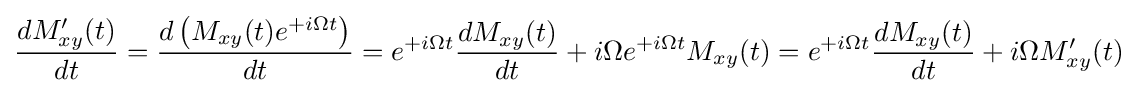
{\frac {dM_{xy}'(t)}{dt}}={\frac {d\left(M_{xy}(t)e^{+i\Omega t}\right)}{dt}}=e^{+i\Omega t}{\frac {dM_{xy}(t)}{dt}}+i\Omega e^{+i\Omega t}M_{xy}(t)=e^{+i\Omega t}{\frac {dM_{xy}(t)}{dt}}+i\Omega M_{xy}'(t)